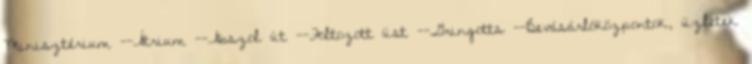
Minisztérium --Átrium --Abszol út --Foltozott üst --Gringotts --Bevásárlóközpontok, üzletek